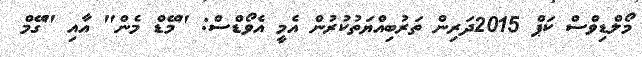
މޯލްޑިވްސް ކަޕް 2015ދަރިން ތަރުބިއްޔަތުކުރުން އެމީ އެވޯޑްސް: "މޭޑް މެން" އާއި "ގޭމް